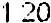
1.20